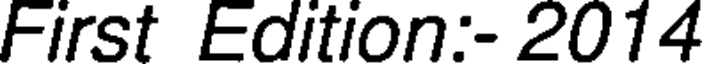
First Edition:- 2014